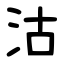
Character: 沽